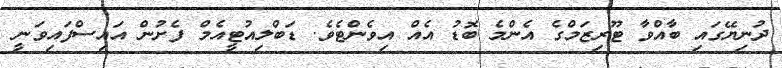
ދުނިޔޭގައި ބާއްވާ ޓޫރިޒަމްގެ އެންމެ ބޮޑު އެއް އިވެންޓެވެ. ޑަބްލިއުޓީއެމް ފެށުން އައިސްފައިވަނީ